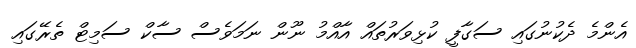
އެންމެ ދެކުނުގައި ސަގާފީ ކުޅިވަރުތައް އާއްމު ނޫން ނަމަވެސް ސާކް ސަމިޓް ތެރޭގައި